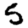
Digit: 5